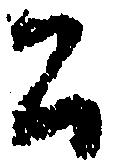
公